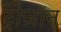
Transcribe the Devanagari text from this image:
ट्रोजान